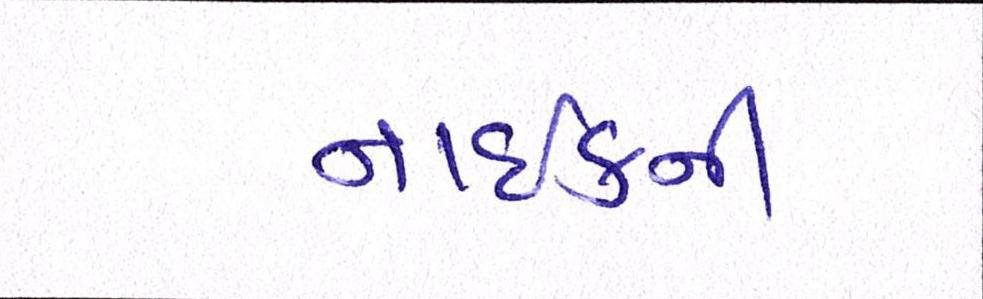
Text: નાઈકની